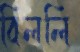
বিললি